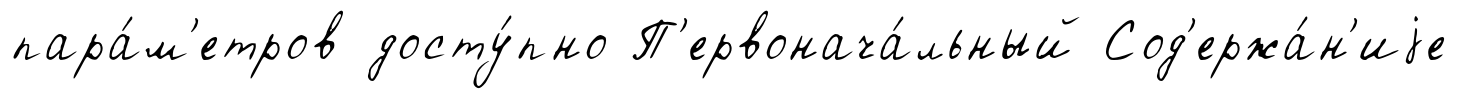
пара́м'етров досту́пно П'ервонача́льный Сод'ержа́н'иjе